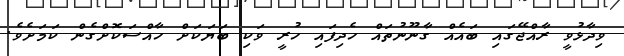
ވިދާޅުވީ ރާއްޖޭގައި ބައެއް ގާނޫނުތައް ހެދިފައި ހުރީ ވަކި ބަޔަކަށް ހާއްސަކޮށްގެން ކަމަށެވެ.